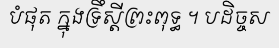
បំផុត ក្នុងទ្រឹស្តីព្រះពុទ្ធ ។ បដិច្ចស